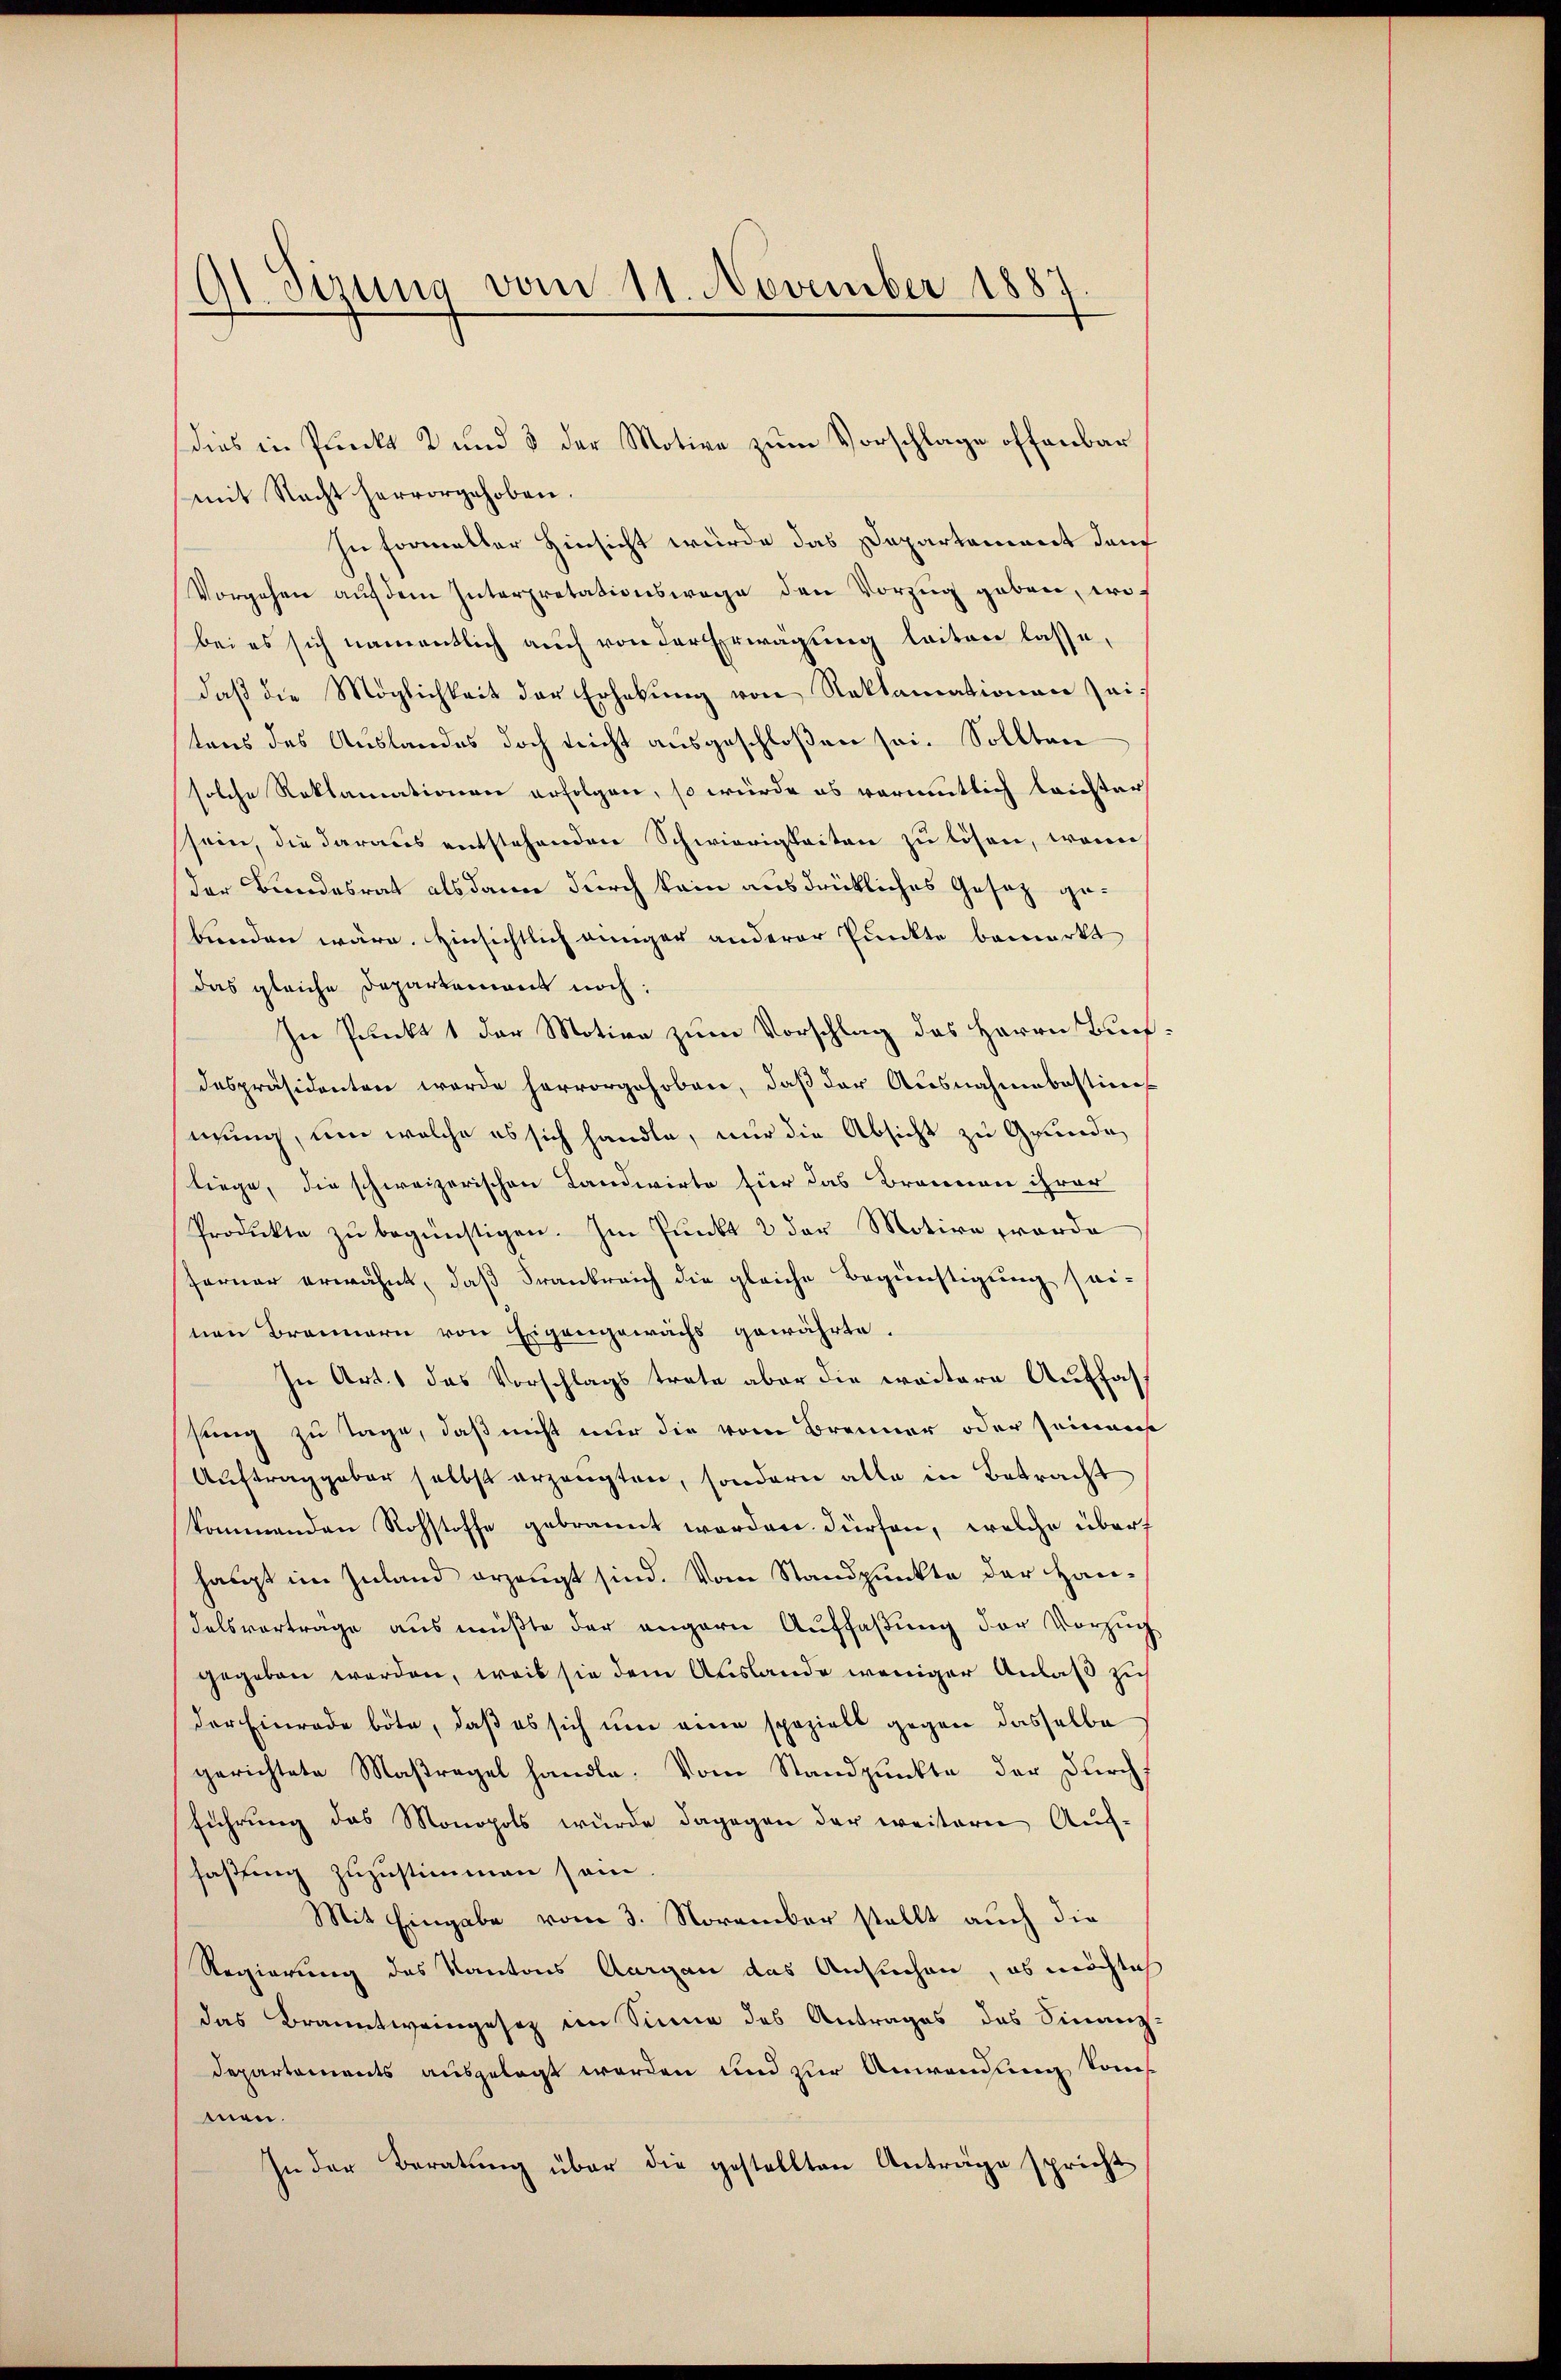
91. Sirung vom 11. November 1887

dies in Punkt 2 und 5 der Motive zum Vorschlage offenbar
mit Nacht hervorgehoben.
In Formeller Hinsicht würde das Departement dan
Vorgehen aŭf dem Interpretationswege den Vorzug geben, wie
bei es sich namentlich auch von der Erwägung leiten lasse,
daß die Möglichkeit der Erhebung von Reklamationen seitens des Auslandes doch nicht ausgeschloßen sei. Sollten
solche Reklamationen erfolgen, so würde es vermutlich leichter
sein, die daraus entstehenden Schwierigkeiten zu lösen, wenn
der Bundesrat alsdann durch kein ausdrückliches Gesez gebenden wäre. Hinsichtlich einiger anderer Punkte bemerkt
das gleiche Departement noch:
In Punkt 1 der Motive zum Vorschlag des Herrn Buchdespräsidenten werde hervorgehoben, daß der Ausnahmebastins
mung, um welche es sich handle, nur die Absicht zu Grunde
liege, die schweizerischen Landwirte für das Brannen ihrer
Produkte zŭ begünstigen. Im Pŭnkt 2 der Motive orde
ferner erwähnt, daß Frankreich die gleiche Begünstigung sei-
nen Brennern von Eigengewächs gewährte.
In Art. 1 das Vorschlags trate aber die weitere Auffassung zu Tage, daß nicht nur die vom Brenner oder seinem
Auftraggeber selbst erzeugten, sondern alle in Betracht
kommenden Rohstoffe gebrannt worden. Dürfen, welche über
haupt im Zuland erzeugt sind. Vom Standpunkte der Handelsvortrage aus müßte der angern Auffaßung der Vorzug
gegeben werden, weis sie dem Auslande weniger Anlaß zu
der Einrade bote, daß es sich um eine spezielt gegen dasselbe
gerichtete Maßregel handle. Vom Standpunkte der Durch
führung das Monopols wurde dagegen der weitere Auf-
faßung zuzustimmen sein.
Mit Eingabe vom 3. November stellt auch die
Regierung des Kantons Aargau das Ansuchen, es möchlich
das Branntweingesez im Sinne des Antrages des Finanz-
Departements ausgelegt worden und zur Anwendung kom
men.
In der Beratung über die gestellten Anträge spricht